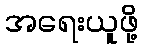
အရေးယူဖို့